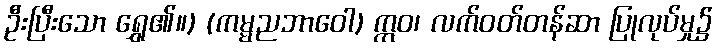
ဦးပြီးသော ရွှေ၏။) (ကမ္မညဘာဝေါ) ဣဝ၊ လက်ဝတ်တန်ဆာ ပြုလုပ်မှု၌